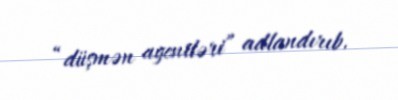
“düşmən agentləri” adlandırıb.